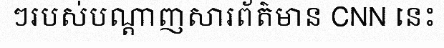
ៗរបស់បណ្តាញសារព័ត៌មាន CNN នេះ